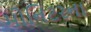
મોનિટરના